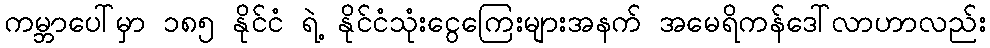
ကမ္ဘာပေါ်မှာ ၁၈၅ နိုင်ငံ ရဲ့ နိုင်ငံသုံးငွေကြေးများအနက် အမေရိကန်ဒေါ်လာဟာလည်း